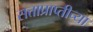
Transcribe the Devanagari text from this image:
सत्ताप्राप्तीच्या